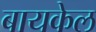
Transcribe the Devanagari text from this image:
बायकेल